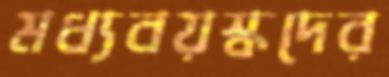
মধ্যবয়স্কদের